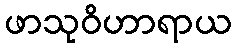
ဖာသုဝိဟာရာယ